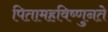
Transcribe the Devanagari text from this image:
पितामहविष्णुनते